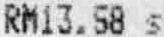
RM13.58 S